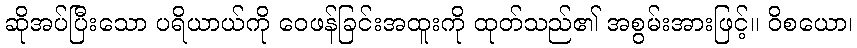
ဆိုအပ်ပြီးသော ပရိယာယ်ကို ဝေဖန်ခြင်းအထူးကို ထုတ်သည်၏ အစွမ်းအားဖြင့်။ ဝိစယော၊